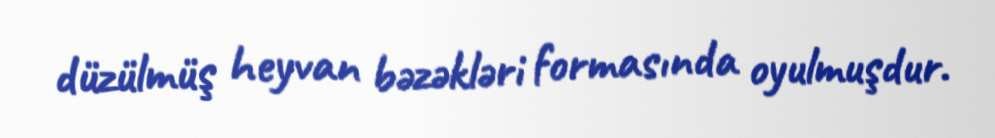
düzülmüş heyvan bəzəkləri formasında oyulmuşdur.